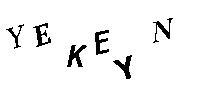
YEKEYN